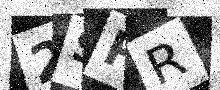
Text: 2SPR